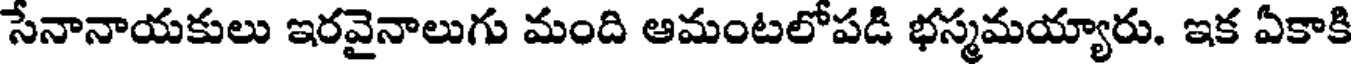
సేనానాయకులు ఇరవైనాలుగు మంది ఆమంటలోపడి భస్మమయ్యారు. ఇక ఏకాకి